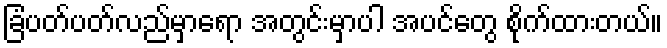
ခြံပတ်ပတ်လည်မှာရော အတွင်းမှာပါ အပင်တွေ စိုက်ထားတယ်။